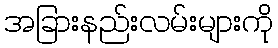
အခြားနည်းလမ်းများကို